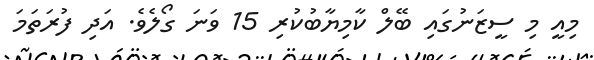
މިއީ މި ސީޒަނުގައި ބޭލް ކާމިޔާބުކުރި 15 ވަނަ ގޯލެވެ. އަދި ފުރަތަމަ